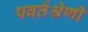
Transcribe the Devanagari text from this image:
पवर्तश्रेणी